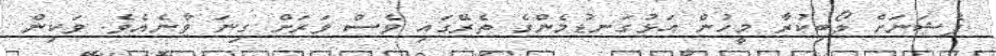
ފެޝަނަށް ލޯބިކުރާ މީހުން އަޅުގަނޑުމެންގެ ތެރޭގައި ވެސް ވަރަށް ގިނަ ވާނެއެވެ. ވަކިން